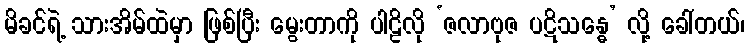
မိခင်ရဲ့ သားအိမ်ထဲမှာ ဖြစ်ပြီး မွေးတာကို ပါဠိလို ‘ဇလာဗုဇ ပဋိသန္ဓေ’ လို့ ခေါ်တယ်၊